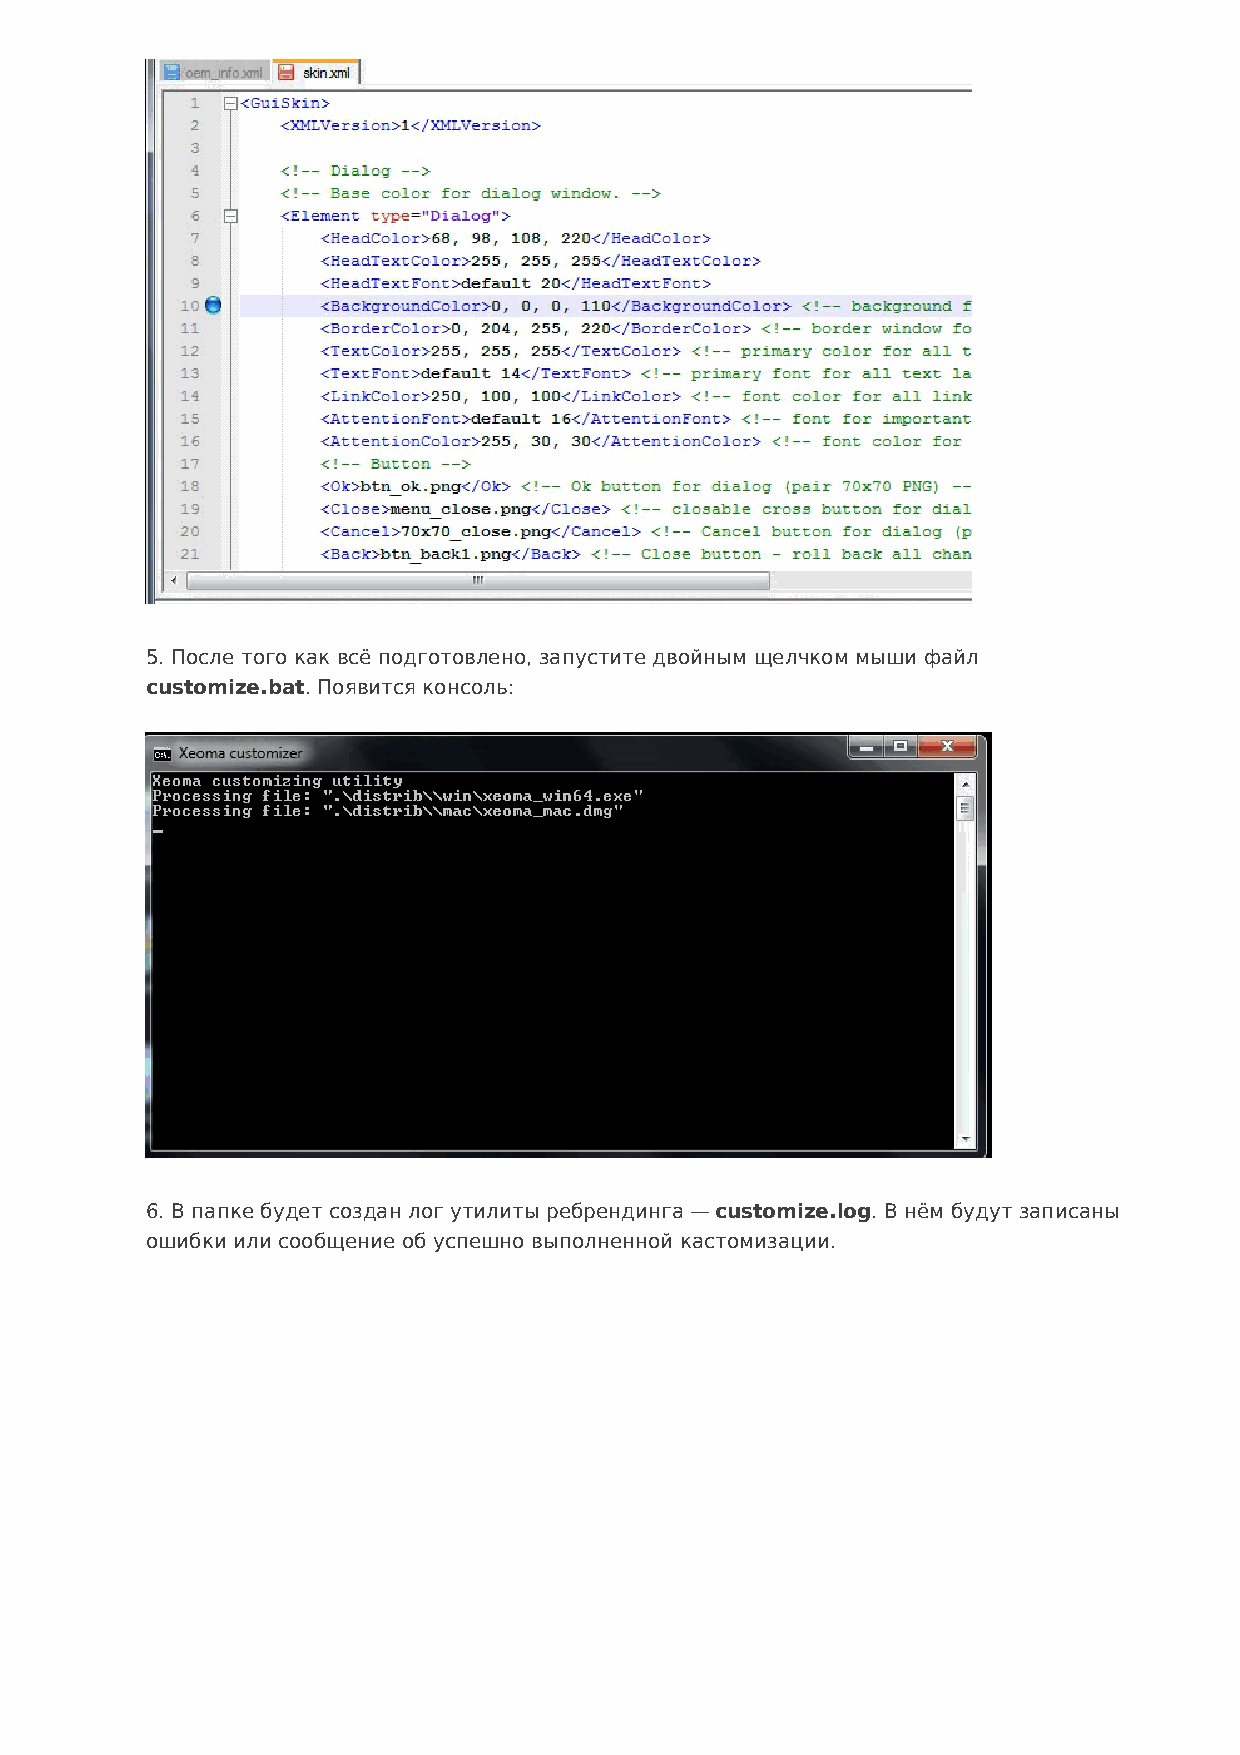
5. После того как всё подготовлено, запустите двойным щелчком мыши файл
 customize.bat. Появится консоль:
 6. В папке будет создан лог утилиты ребрендинга — customize.log. В нём будут записаны
 ошибки или сообщение об успешно выполненной кастомизации.